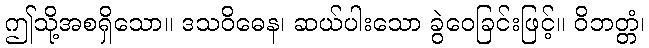
ဤသို့အစရှိသော။ ဒသဝိဓေန၊ ဆယ်ပါးသော ခွဲဝေခြင်းဖြင့်။ ဝိဘတ္တံ၊